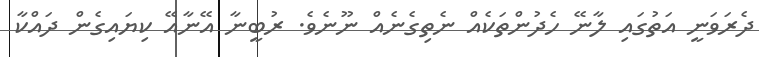
ދެރަވަނީ އަތުގައި ލާނޭ ހެދުންތަކެއް ނެތިގެނެއް ނޫނެވެ. ރުބީނާ އޭނާއޭ ކިޔައިގެން ދައްކާ